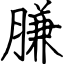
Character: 膁